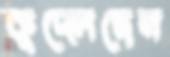
কুদ্‌লেছেন